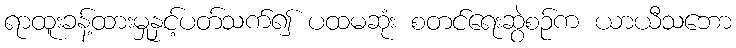
ရာထူးခန့်ထားမှုနှင့်ပတ်သက်၍ ပထမဆုံး စတင်ရေးဆွဲစဉ်က ယာယီသဘော